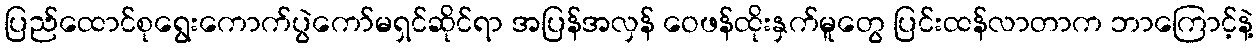
ပြည်ထောင်စုရွေးကောက်ပွဲကော်မရှင်ဆိုင်ရာ အပြန်အလှန် ဝေဖန်ထိုးနှက်မူတွေ ပြင်းထန်လာတာက ဘာကြောင့်နဲ့